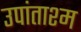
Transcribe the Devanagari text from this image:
उपांताश्म